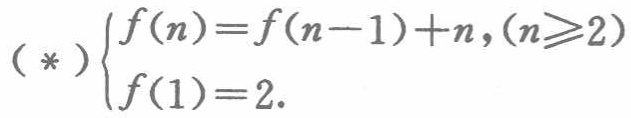
\((*)\begin{cases}f(n)=f(n - 1)+n,(n\geqslant2)\\f(1)=2.\end{cases}\)